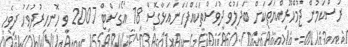
ރަސްކަމުން ޖުމްހޫރިއްޔަތަކަށް ބަދަލުވެ ދުވަސްތަކެއްފަހަނައަޅާގޮސް 18 އޯގަސްޓް 2007 ވީ ހޮނހިރުދުވަހު ދިވެހި